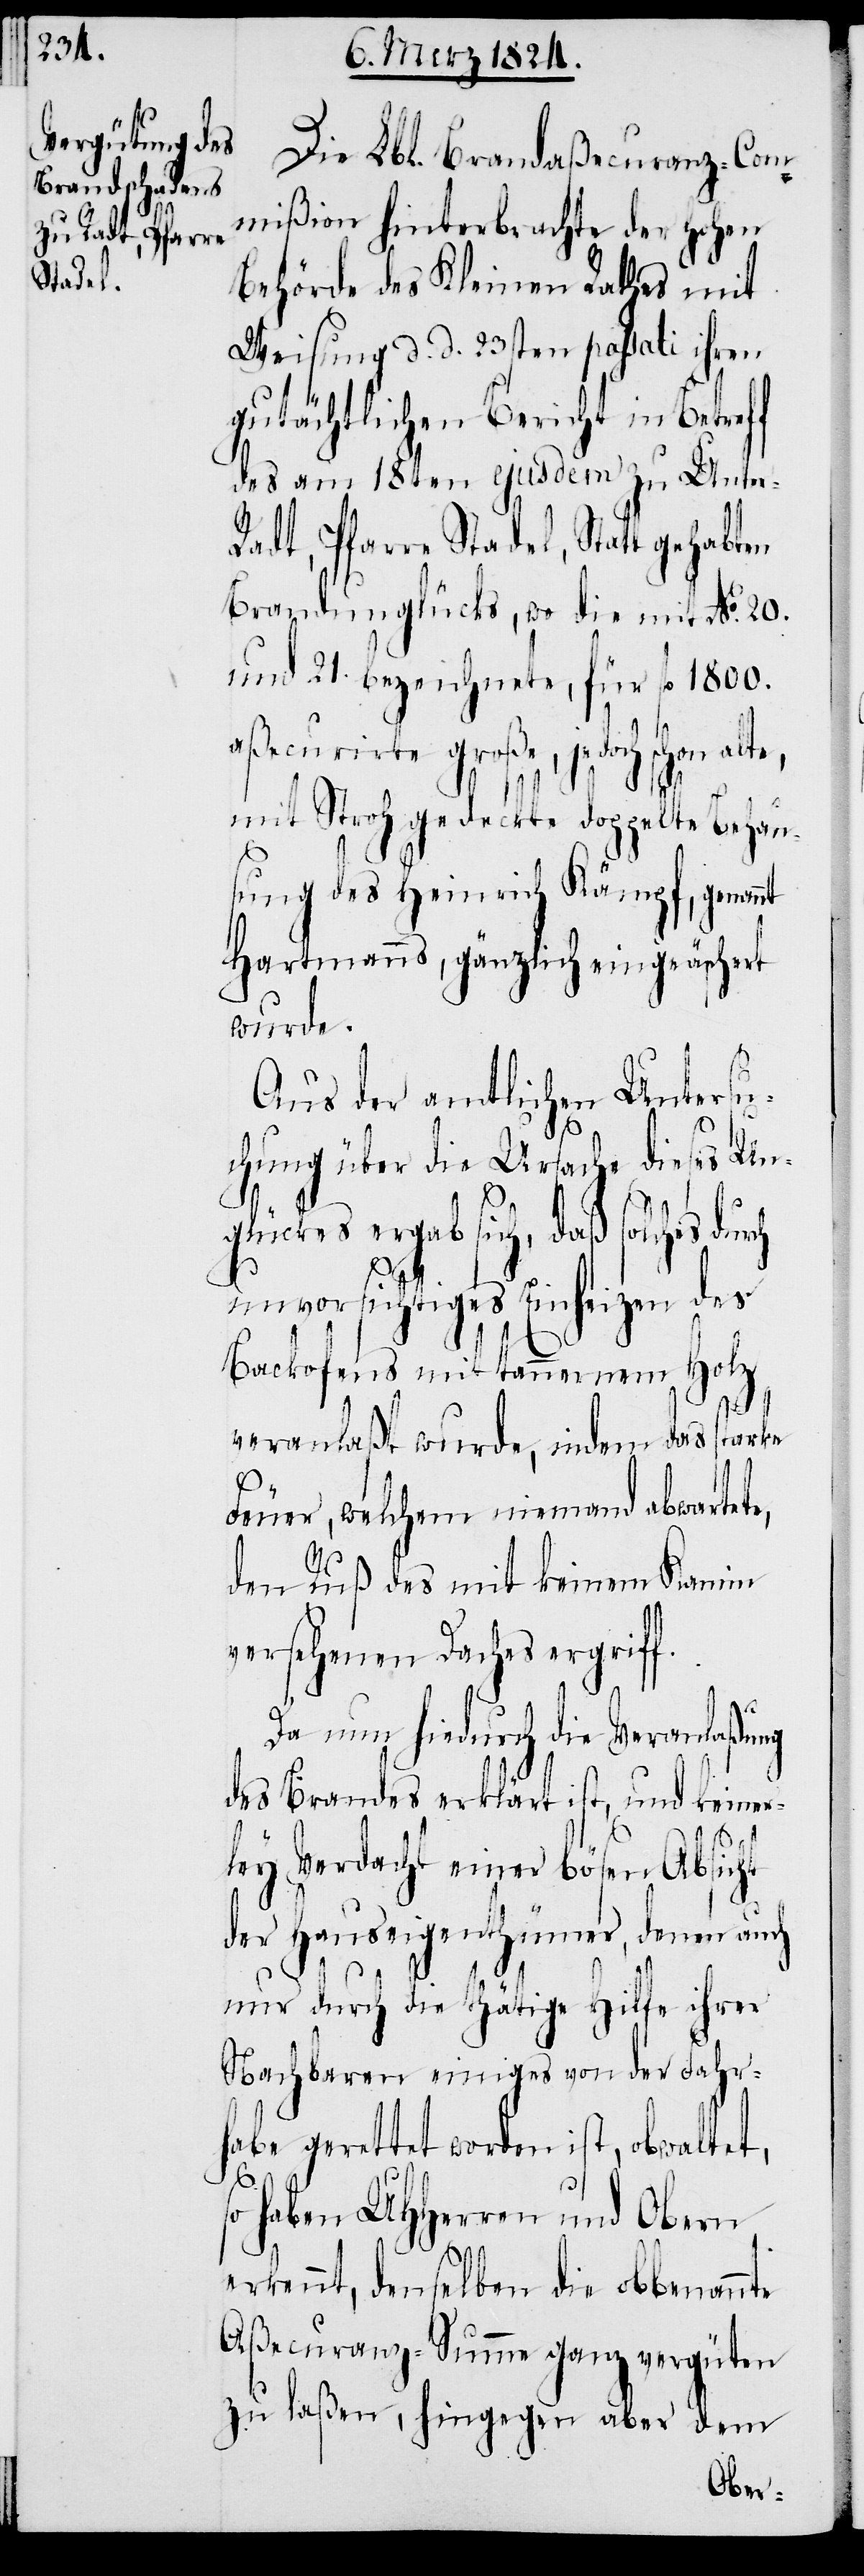
Die Lbl. Brandaßecuranz-Com¬
mißion hinterbrachte der hohen
Behörde des Kleinen Rathes mit
Weisung d. d. 23sten passati ihren
gutächtlichen Bericht in Betreff
des am 18ten ejusdem zu Unter-R¬
adt, Pfarre Stadel, Statt gehabten
Brandunglücks, wo die mit No. 20.
und 21. bezeichnete, für fl. 1800.
aßecurirte große, jedoch schon alte,
mit Stroh gedeckte doppelte Behau¬
sung des Heinrich Kämpf, genan¬
Hartmanns, gänzlich eingeäschert
wurde.
Aus der amtlichen Untersu¬
chung über die Ursache dieses Un¬
ch
glückes ergab sich, daß solches dur¬
unvorsichtiges Einheizen des
Backofens mit tannernem Holz
veranlaßt wurde, indem das starke
Feuer, welchem niemand abwartete,
den Ruß des mit keinem Kamin
versehenen Daches ergriff.
Da nun hiedurch die Veranlaßung
des Brandes erklärt ist, und keiner¬
so
ley Verdacht einer bösen Absicht
der Hauseigenthümer, denen auch
nur durch die thötige Hilfe ihrer
Nachbaren einiges von der Fahr¬
habe gerettet worden ist, obwaltet,
haben UHHerren und Obern
erkennt, denselben die obbenannte
Aßecuranz-Summe ganz vergüten
zu laßen, hingegen aber dem